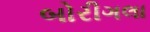
બોરીગલા